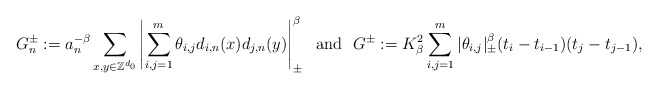
\begin{align*}G_n^\pm:=a_n^{-\beta} \sum_{x,y\in\mathbb Z^{d_0}}\left|\sum_{i,j=1}^m\theta_{i,j}d_{i,n}(x)d_{j,n}(y)\right|_\pm^\beta\ \ \mbox{and}\ \ G^\pm:= K_\beta^2\sum_{i,j=1}^m|\theta_{i,j}|_\pm^\beta(t_i-t_{i-1})(t_j-t_{j-1}),\end{align*}